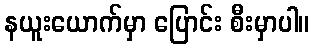
နယူးယောက်မှာ ပြောင်း စီးမှာပါ။